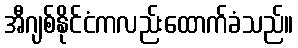
အီဂျစ်နိုင်ငံကလည်းထောက်ခံသည်။